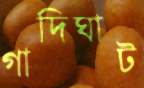
গাদিঘাট